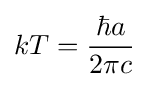
kT={\frac {\hbar a}{2\pi c}}